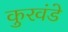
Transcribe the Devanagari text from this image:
कुरवंडे